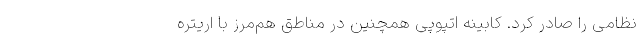
نظامی را صادر کرد. کابینه اتپوپی همچنین در مناطق هم‌مرز با اریتره